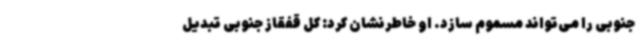
جنوبی را می‌تواند مسموم سازد. او خاطرنشان کرد: کل قفقاز جنوبی تبدیل